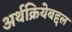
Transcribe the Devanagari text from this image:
अर्थक्रियेबद्दल